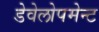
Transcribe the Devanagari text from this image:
डेवेलोपमेन्ट